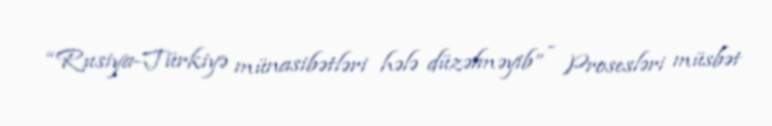
“Rusiya-Türkiyə münasibətləri hələ düzəlməyib” - Prosesləri müsbət